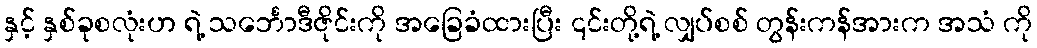
နှင့် နှစ်ခုစလုံးဟ ရဲ့ သင်္ဘောဒီဇိုင်းကို အခြေခံထားပြီး ၎င်းတို့ရဲ့ လျှပ်စစ် တွန်းကန်အားက အသံ ကို